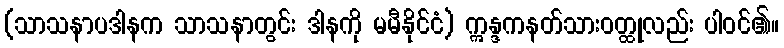
(သာသနာပဒါနက သာသနာတွင်း ဒါနကို မမီနိုင်ငံ) ဣန္ဒကနတ်သားဝတ္ထုလည်း ပါဝင်၏။